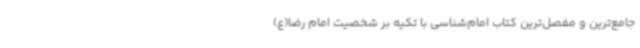
جامع‌ترین و مفصل‌ترین کتاب امام‌شناسی با تکیه بر شخصیت امام رضا(ع)